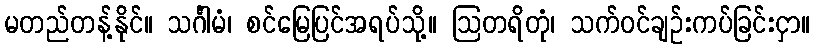
မတည်တန့်နိုင်။ သင်္ဂါမံ၊ စင်မြေပြင်အရပ်သို့။ ဩတရိတုံ၊ သက်ဝင်ချဉ်းကပ်ခြင်းငှာ။